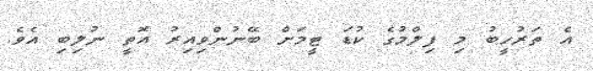
އެ ތަރުހީބު މި ފިލްމުގެ ކުޑަ ޓީމަށް ބޭނުންވިއިރު އޮތީ ނުލިބި އެވެ.